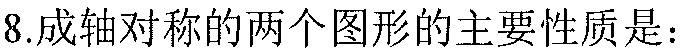
8.成轴对称的两个图形的主要性质是：